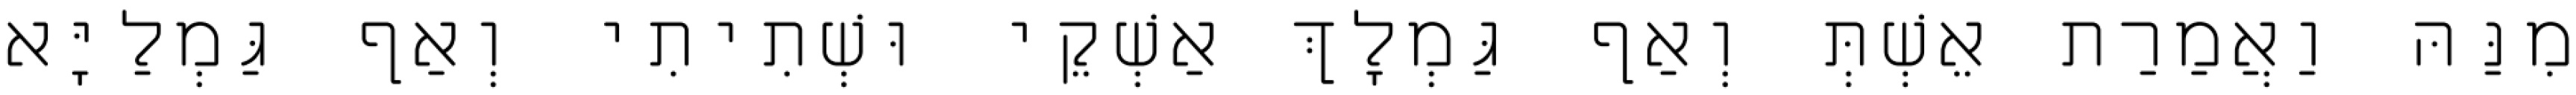
מִנַּהּ וַאֲמַרַת אֵשְׁתְּ וְאַף גַּמְלָךְ אַשְׁקֵי וּשְׁתִיתִי וְאַף גַּמְלַיָּא